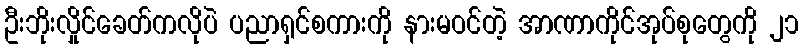
ဦးဘိုးလှိုင်ခေတ်ကလိုပဲ ပညာရှင်စကားကို နားမဝင်တဲ့ အာဏာကိုင်အုပ်စုတွေကို ၂၁